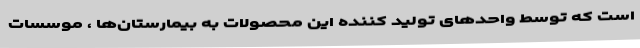
است که توسط واحدهای تولید کننده این محصولات به بیمارستان‌ها ، موسسات